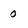
Character: 0